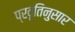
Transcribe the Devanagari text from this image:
प्रवृतिनुसार